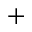
+